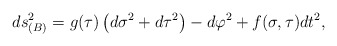
\begin{align*}ds_{(B)}^{2}=g(\tau )\left( d\sigma ^{2}+d\tau ^{2}\right) -d\varphi^{2}+f(\sigma ,\tau )dt^{2}, \end{align*}